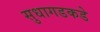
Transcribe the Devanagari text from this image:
सुधागडकडे